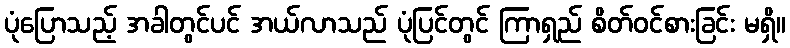
ပုံပြောသည့် အခါတွင်ပင် အယ်လာသည် ပုံပြင်တွင် ကြာရှည် စိတ်ဝင်စားခြင်း မရှိ။